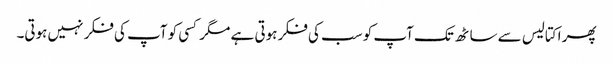
پھر اکتالیس سے ساٹھ تک آپ کو سب کی فکر ہوتی ہے مگر کسی کو آپ کی فکر نہیں ہوتی۔